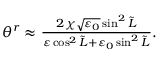
\begin{array} { r } { \theta ^ { r } \approx \frac { 2 \chi \sqrt { \varepsilon _ { 0 } } \sin ^ { 2 } \tilde { L } } { \varepsilon \cos ^ { 2 } \tilde { L } + \varepsilon _ { 0 } \sin ^ { 2 } \tilde { L } } . } \end{array}